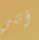
أنني